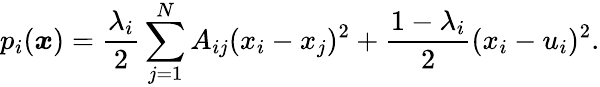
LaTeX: p_{i}({\boldsymbol x})=\frac{\lambda_{i}}{2}\sum_{j=1}^{N}A_{ij}(x_{i}-x_{j})^{2}+\frac{1-\lambda_{i}}{2}(x_{i}-u_{i})^{2}.